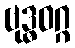
ဗုဒ္ဓဝဂ္ဂ